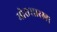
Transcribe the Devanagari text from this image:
मोरासारखा